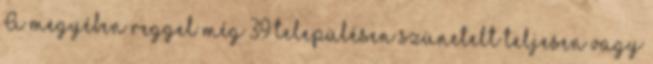
A megyében reggel még 39 településen szünetelt teljesen vagy